Indian journal of veterinary science and animal husbandry - Volumes 15-17, 1948-1951
Year: 1948
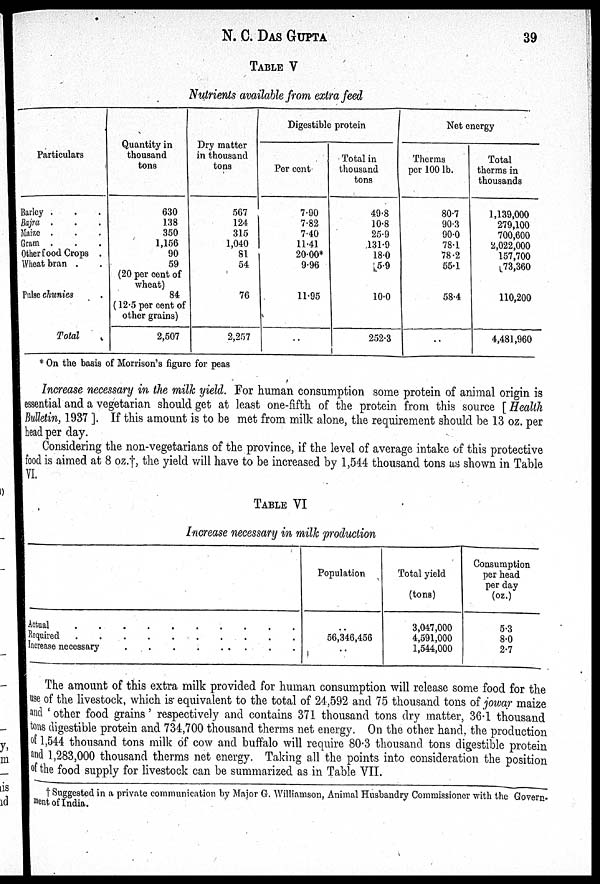
N. C. DAS GUPTA 39
TABLE V
Nutrients available from extra feed
Particulars
Barley . . .
Bajra . . .
Maize . . .
Gram . . .
Other food Crops .
Wheat bran . .
Pulse chunies .
Total
Quantity in
thousand
tons
630
138
350
1,156
90
59
(20 per cent of
wheat)
84
(12.5 per cent of
other grains)
2,507
Dry matter
in thousand
tons
567
124
315
1,040
81
54
76
2,257
Digestible protein
Per cent.
7.90
7.82
7.40
11.41
20.00*
9.96
11.95
..
Total in
thousand
tons
49.8
10.8
25.9
131.9
18.0
5.9
10.0
252.3
Net energy
Therms
per 100 lb.
80.7
90.3
90.0
78.1
78.2
55.1
58.4
..
Total
therms in
thousands
1,139,000
279,100
700,600
2,022,000
157,700
73,360
110,200
4,481,960
* On the basis of Morrison's figure for peas
Increase necessary in the milk yield. For human consumption some protein of animal origin is
essential and a vegetarian should get at least one-fifth of the protein from this source [Health
Bulletin, 1937]. If this amount is to be met from milk alone, the requirement should be 13 oz. per
head per day.
Considering the non-vegetarians of the province, if the level of average intake of this protective
food is aimed at 8 oz.†, the yield will have to be increased by 1,544 thousand tons as shown in Table
VI.
TABLE VI
Increase necessary in milk production
Actual
.
.
.
.
.
.
.
.
.
.
Required . . . . . . . . . . . .
Increase necessary . . . . . . . .
Population
..
56,346,456
..
Total yield
(tons)
3,047,000
4,591,000
1,544,000
Consumption
per head
per day
(oz.)
5.3
8.0
2.7
The amount of this extra milk provided for human consumption will release some food for the
use of the livestock, which is equivalent to the total of 24,592 and 75 thousand tons of jowar maize
and 'other food grains' respectively and contains 371 thousand tons dry matter, 36.1 thousand
tons digestible protein and 734,700 thousand therms net energy. On the other hand, the production
of 1,544 thousand tons milk of cow and buffalo will require 80.3 thousand tons digestible protein
and 1,283,000 thousand therms net energy. Taking all the points into consideration the position
of the food supply for livestock can be summarized as in Table VII.
† Suggested in a private communication by Major G. Williamson, Animal Husbandry Commissioner with the Govern-
ment of India.